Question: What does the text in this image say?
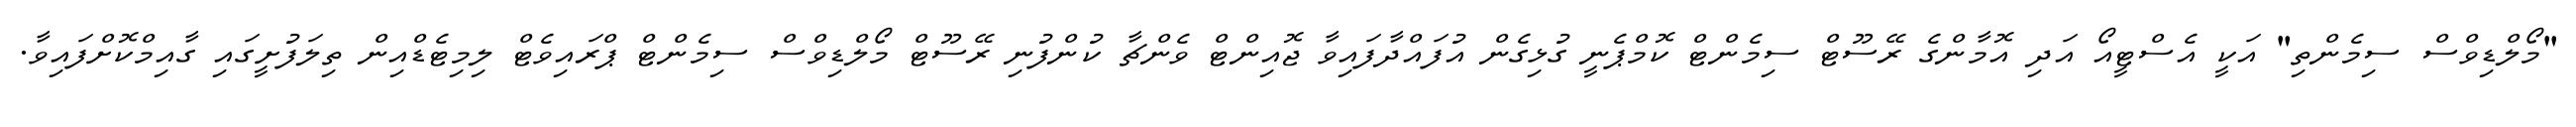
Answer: "މޯލްޑިވްސް ސިމެންތި" އަކީ އެސްޓީއޯ އަދި އޮމާންގެ ރޭސޫޓް ސިމެންޓް ކޮމްޕެނީ ގުޅިގެން އުފައްދާފައިވާ ޖޮއިންޓް ވެންޗާ ކުންފުނި ރޭސޫޓް މޯލްޑިވްސް ސިމެންޓް ޕްރައިވެޓް ލިމިޓެޑްއިން ތިލަފުށީގައި ގާއިމްކޮށްފައިވާ.